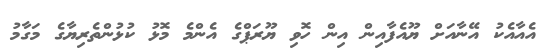
އެއާއެކު އޭނާއަށް ޔޫއެފާއިން އިން ހޮވި ޔޫރަޕްގެ އެންމެ މޮޅު ކުޅުންތެރިޔާގެ މަގާމު